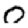
Digit: 0